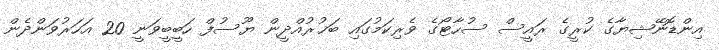
އިންޑޮނޭޝިޔާގެ ކުރީގެ ރައީސް ސުހާޓޯގެ ވެރިކަމުގައި ބަޚުރުއްދީން ޔޫސުފް ހަބީބީވަނީ 20 އަހަރުވަންދެން